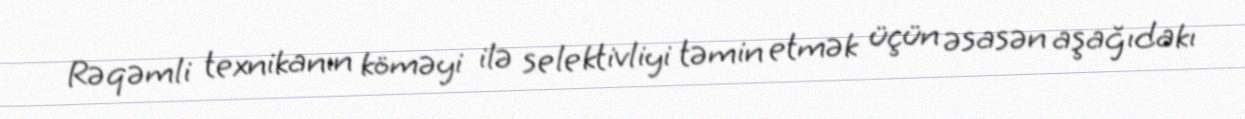
Rəqəmli texnikanın köməyi ilə selektivliyi təmin etmək üçün əsasən aşağıdakı